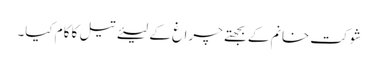
شوکت خانم کے بجھتے چراغ کے لیئے تیل کا کام کیا۔